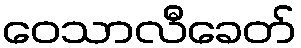
ဝေသာလီခေတ်